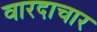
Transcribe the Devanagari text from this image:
वारदाचार